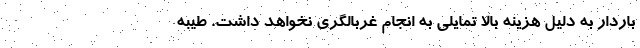
باردار به دلیل هزینه بالا تمایلی به انجام غربالگری نخواهد داشت. طیبه